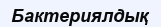
Бактериялдық